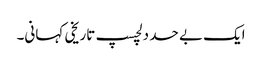
ایک بے حد دلچسپ تاریخی کہانی۔